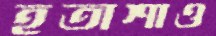
হতাশাও